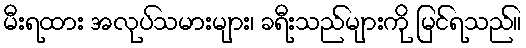
မီးရထား အလုပ်သမားများ၊ ခရီးသည်များကို မြင်ရသည်။